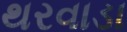
થરવાડા